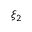
\xi _ { 2 }